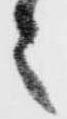
之